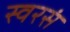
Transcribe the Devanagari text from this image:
स्वरसं